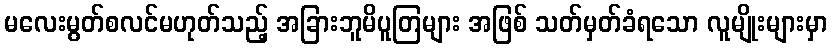
မလေးမွတ်စလင်မဟုတ်သည့် အခြားဘူမိပူတြများ အဖြစ် သတ်မှတ်ခံရသော လူမျိုးများမှာ